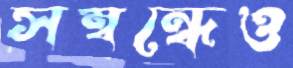
সম্বন্ধেও